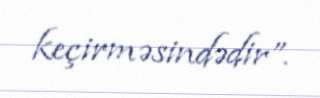
keçirməsindədir”.